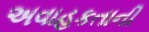
અવાહકતાની